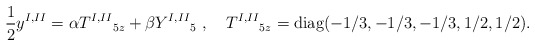
\begin{align*}\frac{1}{2}{y^{I,II}}=\alpha {T^{I,II}}_{5z} + \beta {Y^{I,II}}_5\ , \quad{T^{I,II}}_{5z} = \mbox{diag} (-1/3,-1/3,-1/3,1/2,1/2).\end{align*}